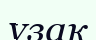
ұзақ